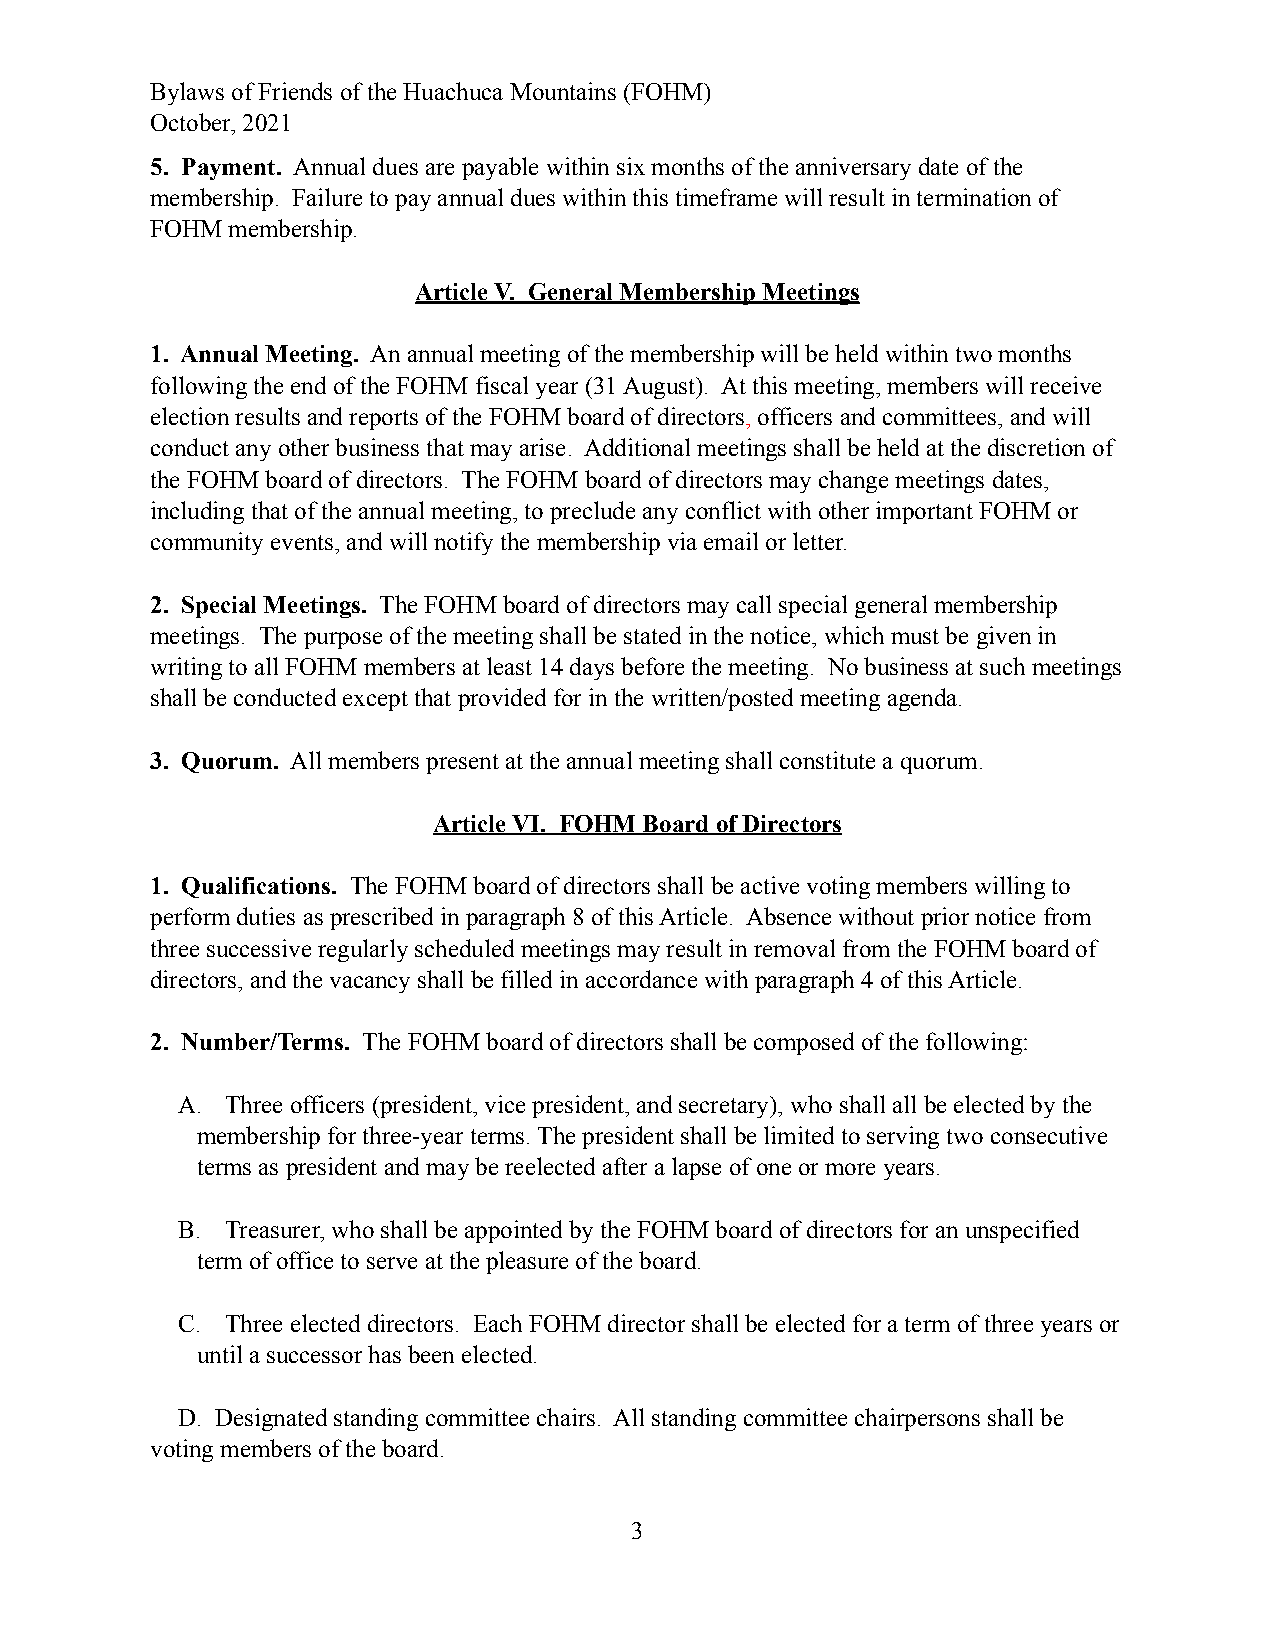
Bylaws of Friends of the Huachuca Mountains (FOHM)
 October, 2021
 5. Payment. Annual dues are payable within six months of the anniversary date of the
 membership. Failure to pay annual dues within this timeframe will result in termination of
 FOHM membership.
 Article V. General Membership Meetings
 1. Annual Meeting. An annual meeting of the membership will be held within two months
 following the end of the FOHM fiscal year (31 August). At this meeting, members will receive
 election results and reports of the FOHM board of directors, officers and committees, and will
 conduct any other business that may arise. Additional meetings shall be held at the discretion of
 the FOHM board of directors. The FOHM board of directors may change meetings dates,
 including that of the annual meeting, to preclude any conflict with other important FOHM or
 community events, and will notify the membership via email or letter.
 2. Special Meetings. The FOHM board of directors may call special general membership
 meetings. The purpose of the meeting shall be stated in the notice, which must be given in
 writing to all FOHM members at least 14 days before the meeting. No business at such meetings
 shall be conducted except that provided for in the written/posted meeting agenda.
 3. Quorum. All members present at the annual meeting shall constitute a quorum.
 Article VI. FOHM Board of Directors
 1. Qualifications. The FOHM board of directors shall be active voting members willing to
 perform duties as prescribed in paragraph 8 of this Article. Absence without prior notice from
 three successive regularly scheduled meetings may result in removal from the FOHM board of
 directors, and the vacancy shall be filled in accordance with paragraph 4 of this Article.
 2. Number/Terms. The FOHM board of directors shall be composed of the following:
 A. Three officers (president, vice president, and secretary), who shall all be elected by the
 membership for three-year terms. The president shall be limited to serving two consecutive
 terms as president and may be reelected after a lapse of one or more years.
 B. Treasurer, who shall be appointed by the FOHM board of directors for an unspecified
 term of office to serve at the pleasure of the board.
 C. Three elected directors. Each FOHM director shall be elected for a term of three years or
 until a successor has been elected.
 D. Designated standing committee chairs. All standing committee chairpersons shall be
 voting members of the board.
 3